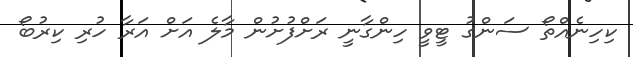
ކިހިނެއްތޯ ސަންގު ޓީވީ ހިންގާނީ ރަށްފުށުން މާލެ އަށް އަރާ ހުރި ކިރުބޯ